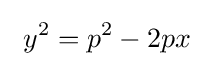
\ y^{2}=p^{2}-2px\